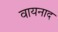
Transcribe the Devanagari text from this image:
वायनाद